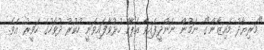
"މަރިޔާދު މައިޒާން"ގެ ނަމުން ނަންދީފައިވާ އެޕާކް ހުޅުވާފައިވަނީ ހުކުރު ދުވަހުގެ ހަވީރު އެވެ.